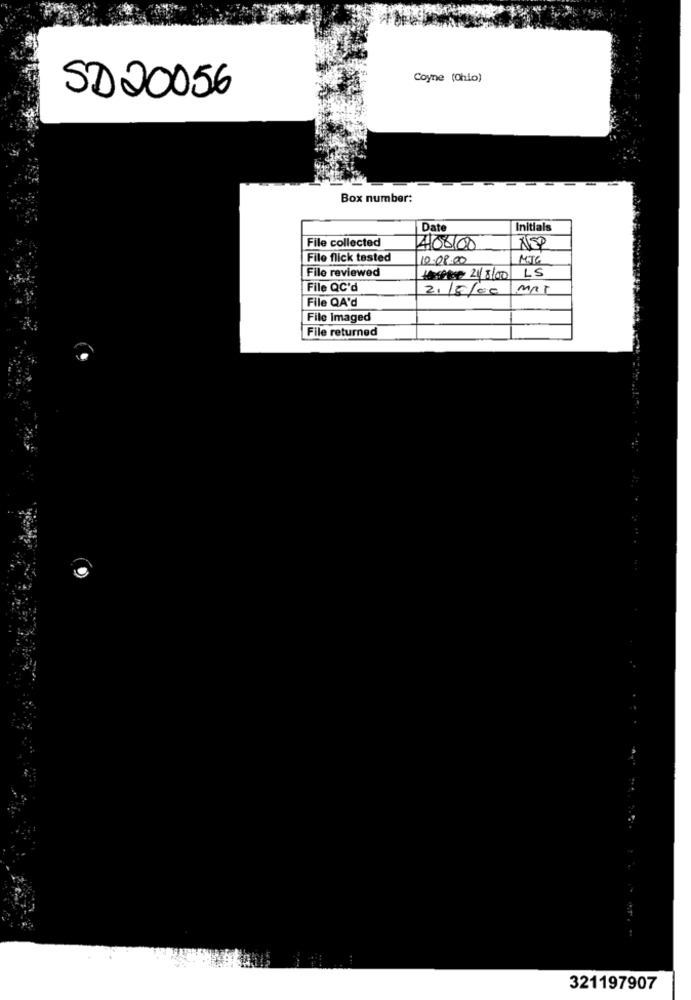
Coyne (Chio)
SD20056
Box number:
Date
Initials
File collected
408100
NEP
File flick tested
10.08.00
MTG
File reviewed
LS
Hospice 2/8/00
File QC'd
2./5/06
MAT
File QA'd
File Imaged
File returned
321197907